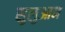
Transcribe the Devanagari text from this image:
सुलुआन